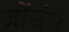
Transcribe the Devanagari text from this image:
जोंसंस